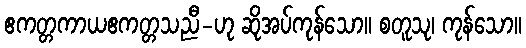
ဧကတ္တကာယဧကတ္တသညီ-ဟု ဆိုအပ်ကုန်သော။ စတူသု၊ ကုန်သော။